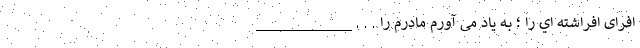
افرای افراشته اي را ؛ بـه یاد می آورم مادرم را . . . ____________